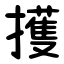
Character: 擭